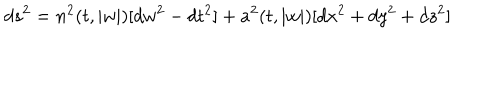
d s ^ { 2 } = n ^ { 2 } ( t , | w | ) [ d w ^ { 2 } - d t ^ { 2 } ] + a ^ { 2 } ( t , | w | ) [ d x ^ { 2 } + d y ^ { 2 } + d z ^ { 2 } ]